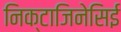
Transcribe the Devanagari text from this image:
निक्टाजिनेसिई